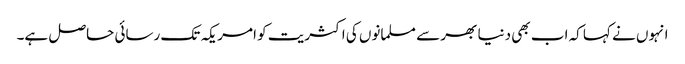
انہوں نے کہا کہ اب بھی دنیا بھر سے مسلمانوں کی اکثریت کو امریکہ تک رسائی حاصل ہے۔